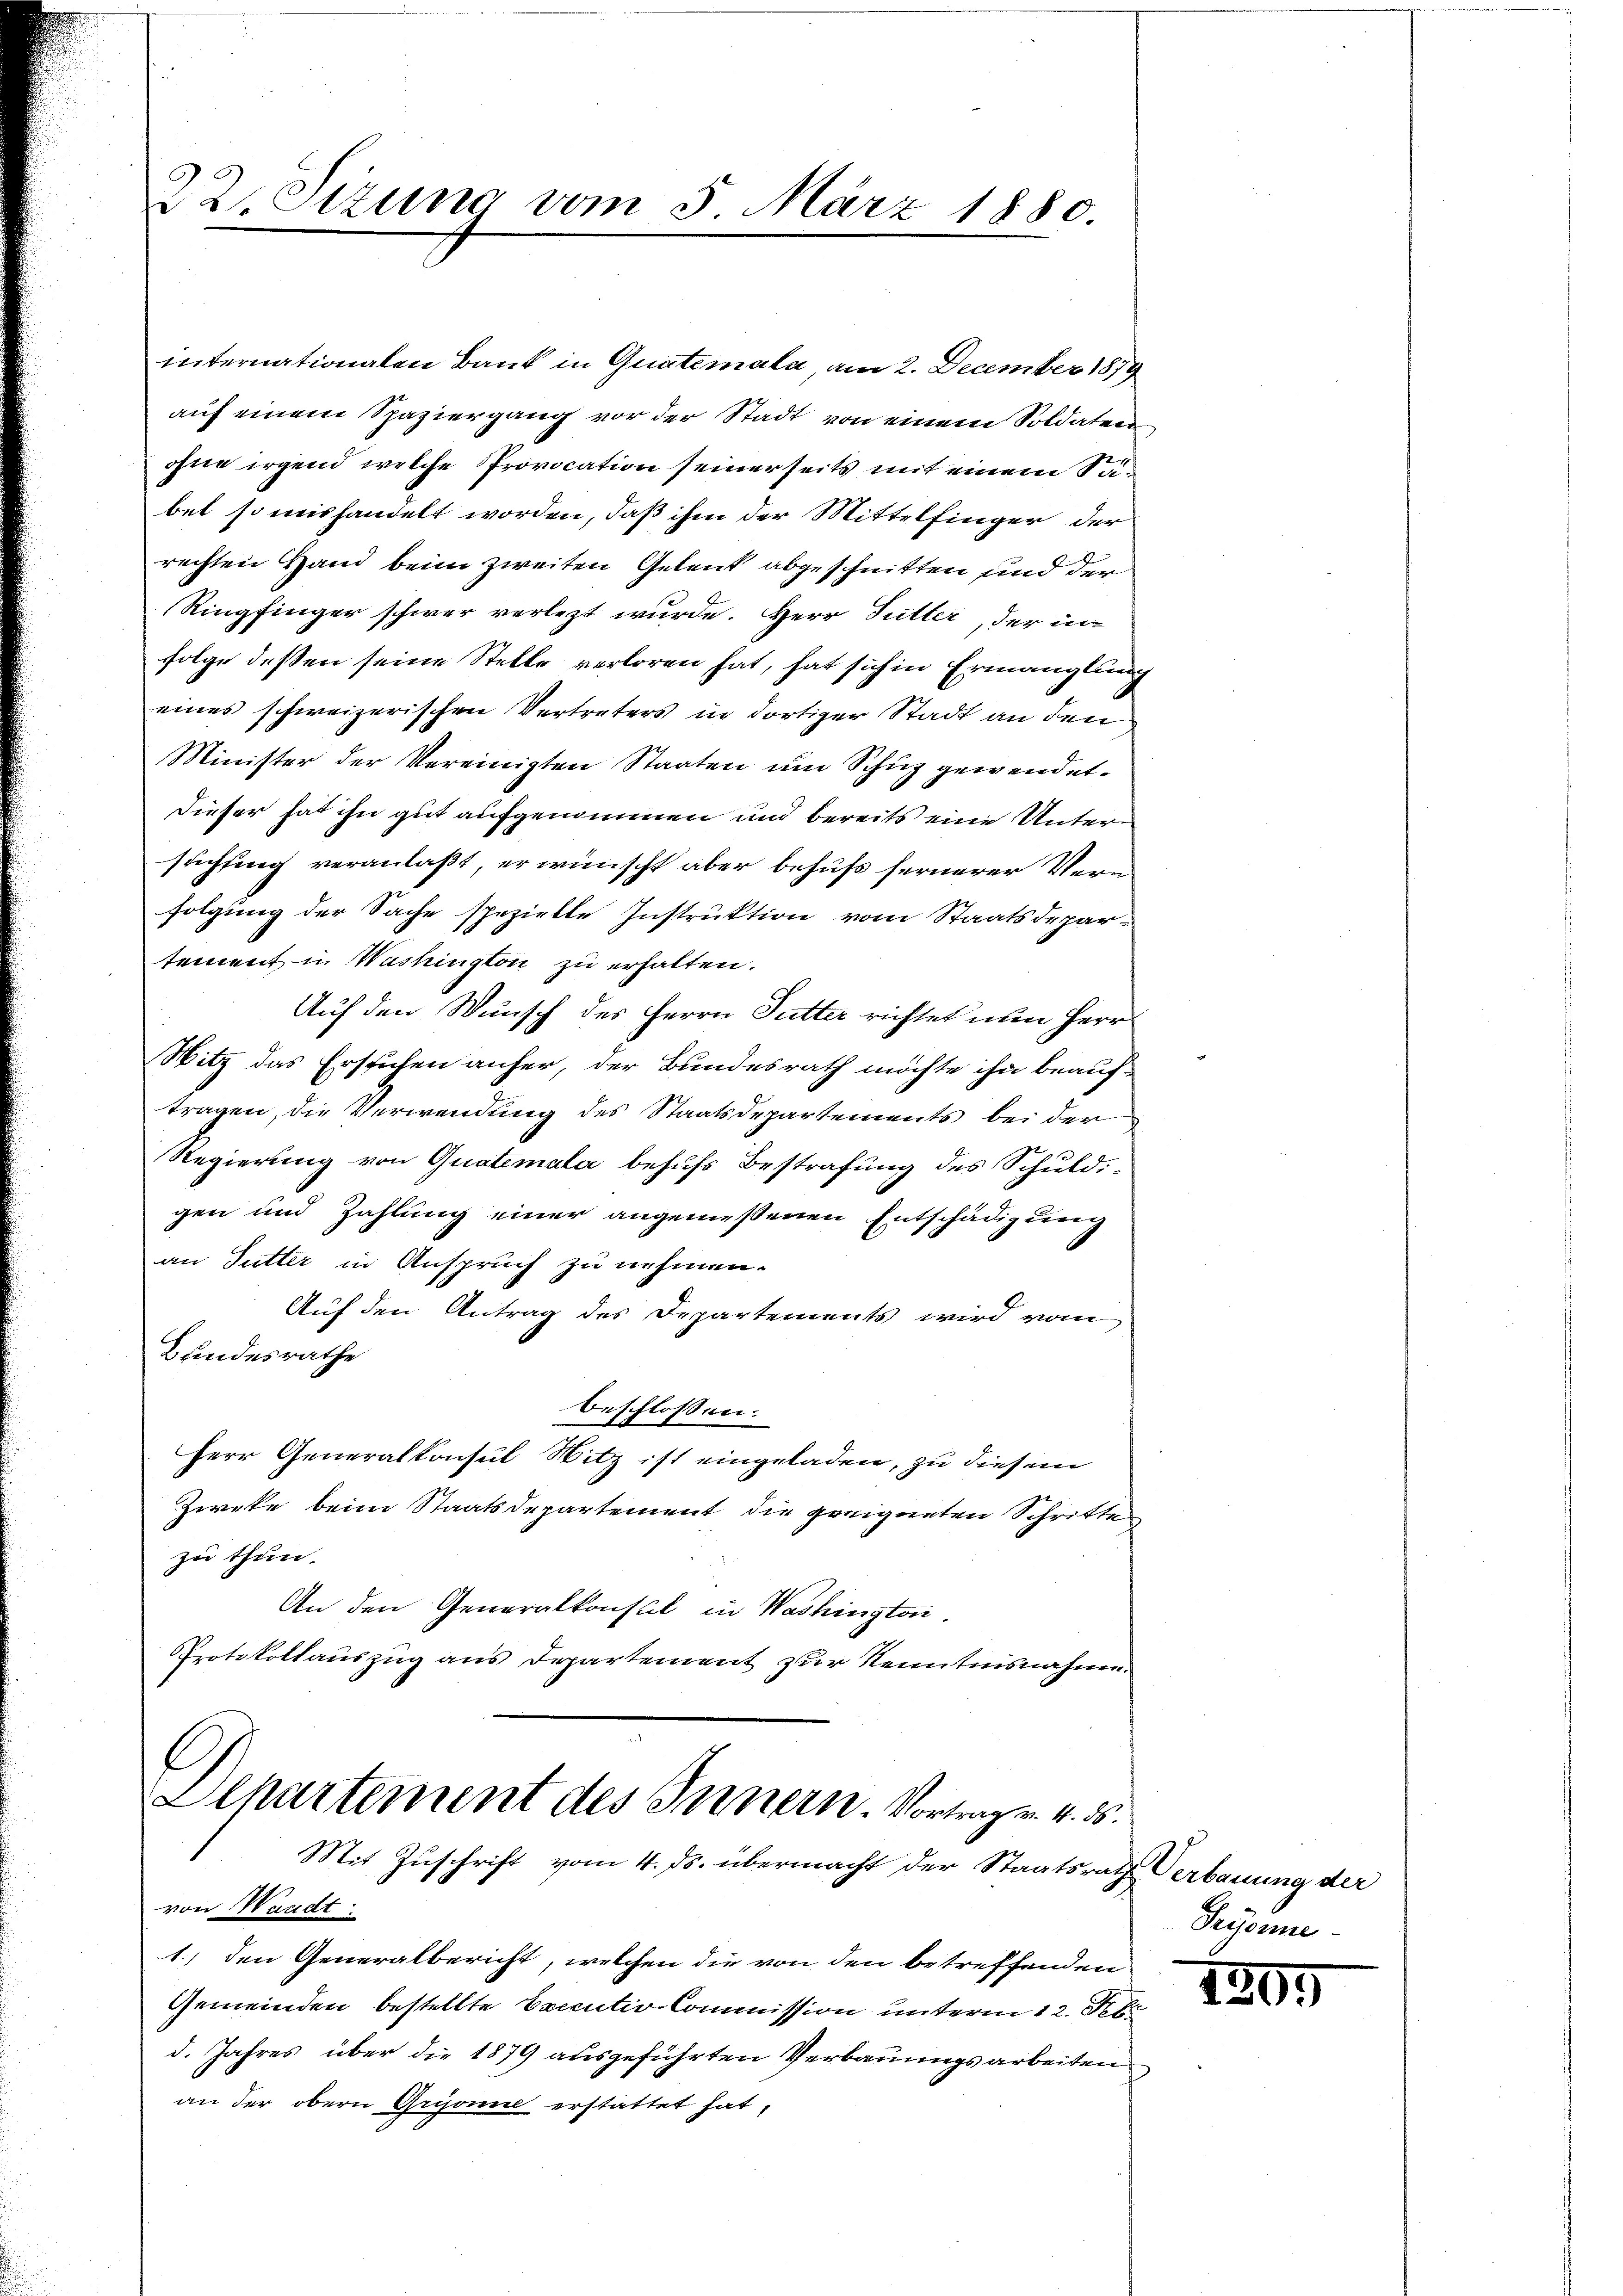
22 Stzung vom 5. März 1880.

internationalen Bank in Quatemata, am 2. December 1879
auf einem Spaziergang vor der Stadt von einem Soldaten
ohne irgend welche Provocation seinerseits mit einem Sabet so mishandelt worden, daß ihm der Mittelfinger der
rechten Hand beim zweiten Gelent abgeschnitten und der
Ringfinger schwer verlezt wurde. Herr Sutter, der in
folge dessen seine Stelle verloren hat, hat sich in Ermanglung
eines schweizerischen Vertreters in dortiger Stadt an den
Minister der Vereinigten Staaten um Schuz gewendet.
dieser hat ihn gut aufgenommen und bereits eine Untersuchung veranlaßt, er wünscht aber behufs fernerer Verfolgung der Sache spezielle Instruktion vom Staatsdepartement in Washington zu erhalten.
Auf den Wunsch des Herrn Futter richtet nun Herr
Witz das Erstichen anher, der Bundesrath möchte ihn beauf-
tragen, die Verwendung des Staatsdepartements bei der
Regierung von Quatemala behufs Bestrafung des Schuld
gen und Zahlung einer angemessenen Entschädigung
an Sutter in Anspruch zu nehmen.
Auf den Antrag des Departements wird vom
Bundesrathe
beschlossen:
Herr Generalkonsul Witz ist eingeladen, zu diesem
Zweke beim Staatsdepartement die geeigneten Schritte
zu thun.
An den Generalkonsul in Washington,
Protokollauszug aus Departement zur Kenntnisnahme.

Departement des Innern. Vortrag v. 4. ds.
Mit Zuschrift vom 4. ds. übermacht der Staatsrath Verbauung der

von Waadt
1.) den Generalbericht, welchen die von den betreffenden
Gemeinden bestellte Benutio Commission unterm 12. Febr
d. Jahres über die 1879 ausgeführten Verbauungsarbeiten
an der obern Grisonne erstattet hat,

Seyon

1205